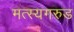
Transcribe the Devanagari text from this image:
मत्स्यगरुड